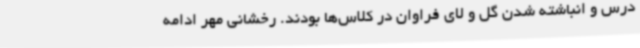
درس و انباشته شدن گل و لای فراوان در کلاس‌ها بودند. رخشانی مهر ادامه